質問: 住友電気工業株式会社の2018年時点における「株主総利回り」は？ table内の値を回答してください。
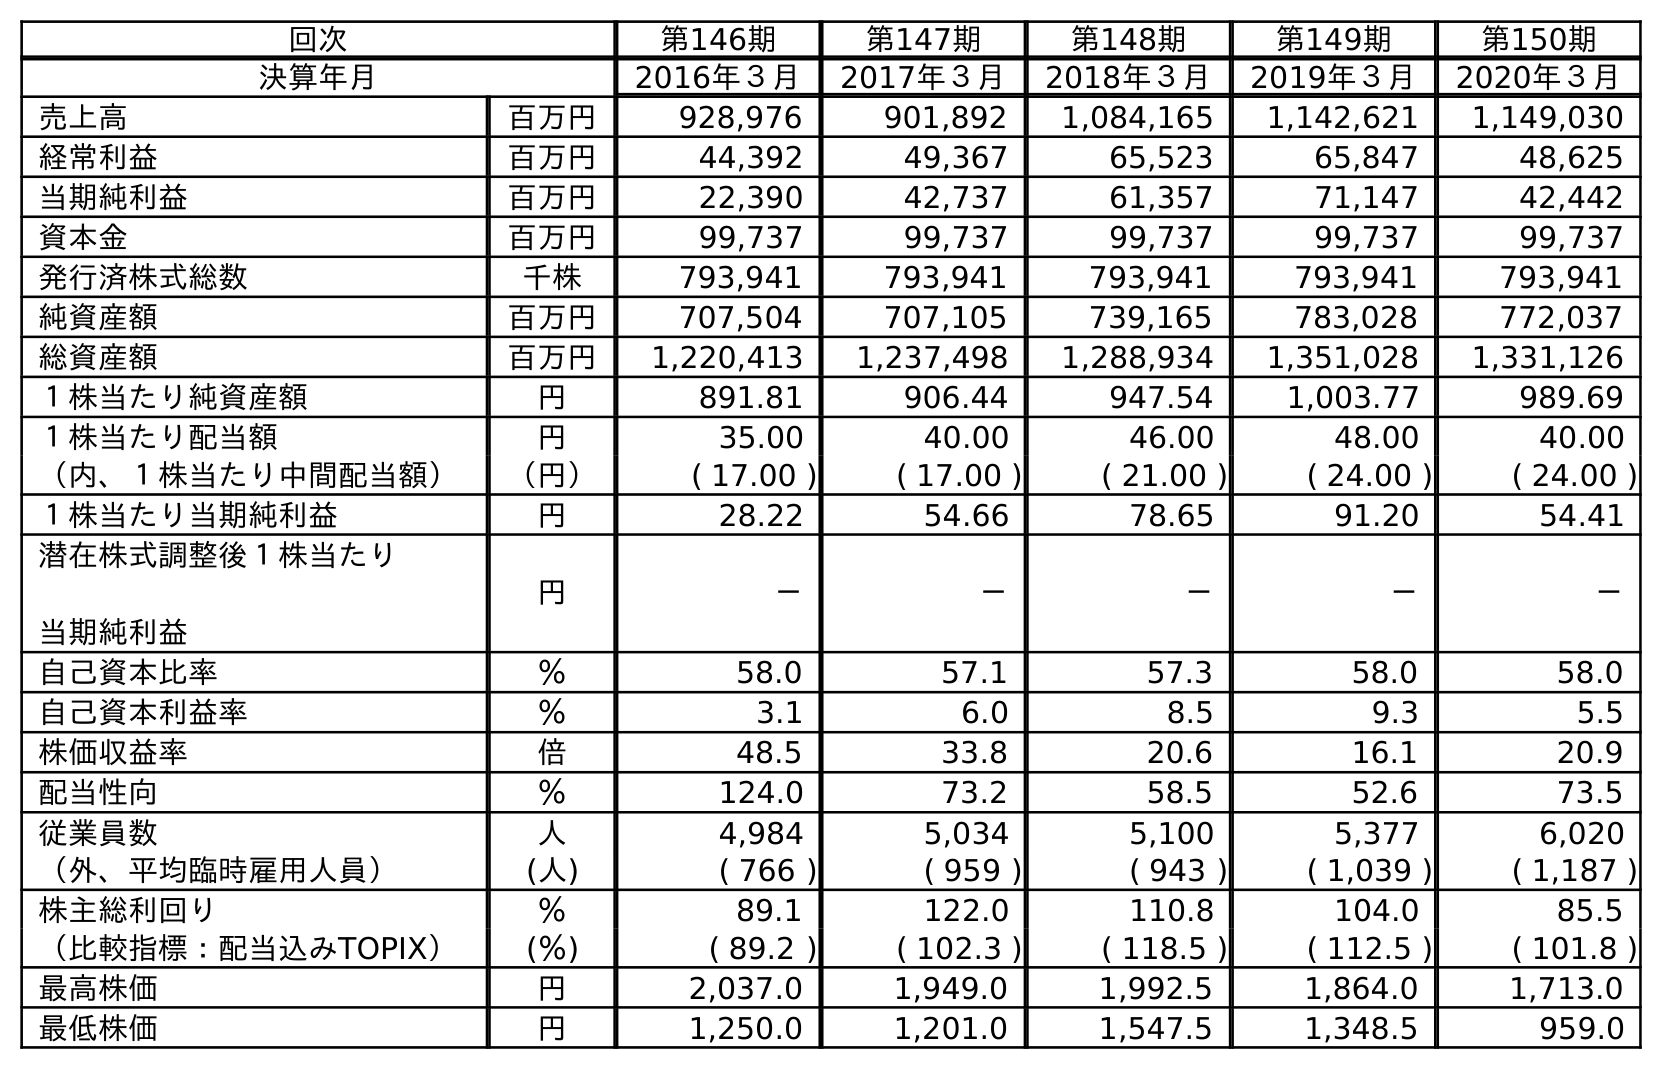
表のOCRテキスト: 回次 第146期 第147期 第148期 第149期 第150期 決算年月 2016年３月 2017年３月 2018年３月 2019年３月 2020年３月 売上高 百万円 928,976 901,892 1,084,165 1,142,621 1,149,030 経常利益 百万円 44,392 49,367 65,523 65,847 48,625 当期純利益 百万円 22,390 42,737 61,357 71,147 42,442 資本金 百万円 99,737 99,737 99,737 99,737 99,737 発行済株式総数 千株 793,941 793,941 793,941 793,941 793,941 純資産額 百万円 707,504 707,105 739,165 783,028 772,037 総資産額 百万円 1,220,413 1,237,498 1,288,934 1,351,028 1,331,126 １株当たり純資産額 円 891.81 906.44 947.54 1,003.77 989.69 １株当たり配当額 円 35.00 40.00 46.00 48.00 40.00 （内、１株当たり中間配当額） （円） ( 17.00 ) ( 17.00 ) ( 21.00 ) ( 24.00 ) ( 24.00 ) １株当たり当期純利益 円 28.22 54.66 78.65 91.20 54.41 潜在株式調整後１株当たり 当期純利益 円 － － － － － 自己資本比率 ％ 58.0 57.1 57.3 58.0 58.0 自己資本利益率 ％ 3.1 6.0 8.5 9.3 5.5 株価収益率 倍 48.5 33.8 20.6 16.1 20.9 配当性向 ％ 124.0 73.2 58.5 52.6 73.5 従業員数 人 4,984 5,034 5,100 5,377 6,020 （外、平均臨時雇用人員） (人) ( 766 ) ( 959 ) ( 943 ) ( 1,039 ) ( 1,187 ) 株主総利回り ％ 89.1 122.0 110.8 104.0 85.5 （比較指標：配当込みTOPIX） (％) ( 89.2 ) ( 102.3 ) ( 118.5 ) ( 112.5 ) ( 101.8 ) 最高株価 円 2,037.0 1,949.0 1,992.5 1,864.0 1,713.0 最低株価 円 1,250.0 1,201.0 1,547.5 1,348.5 959.0
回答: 110.8